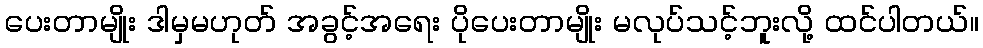
ပေးတာမျိုး ဒါမှမဟုတ် အခွင့်အရေး ပိုပေးတာမျိုး မလုပ်သင့်ဘူးလို့ ထင်ပါတယ်။